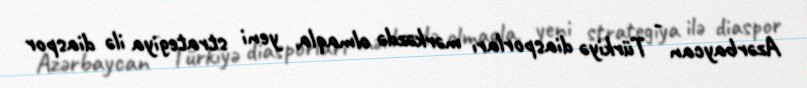
Azərbaycan - Türkiyə diasporları mərkəzdə olmaqla, yeni strategiya ilə diaspor